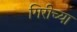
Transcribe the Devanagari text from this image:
गिरीच्या